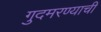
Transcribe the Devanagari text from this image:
गुदमरण्याची